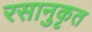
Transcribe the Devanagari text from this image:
रसानुकृत